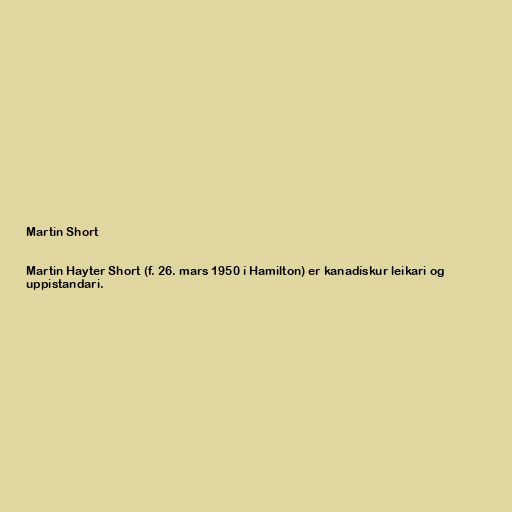
Martin Short

Martin Hayter Short (f. 26. mars 1950 í Hamilton) er kanadískur leikari og
uppistandari.